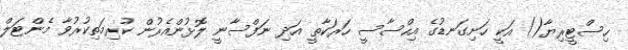
ހިސްޓީރިޔާ() އަކީ ހަށިގަނޑުގެ އިހްސާސީ ހަރަކާތީ އަދި ނަފްސާނީ ލޮޅުންއެރުން ކުރިމަތިކުރުވާ މެންޓަލް